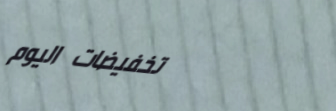
تخفيضات اليوم